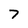
Character: 7